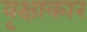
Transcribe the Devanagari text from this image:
वृक्षाकार